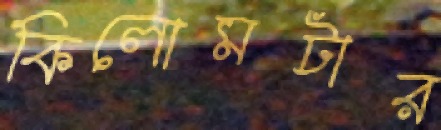
কিলোমটার